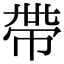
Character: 帶